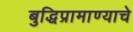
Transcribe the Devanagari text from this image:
बुद्धिप्रामाण्याचे